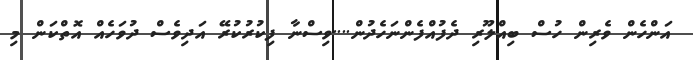
އަންހެން ވެރިން ހުސް ބިއްލޫރި ދެފުއްފެންނަހެދުން....ވިސްނާ ފިކުރުކުރޭ އަދިވެސް ދުވަހެއް އޮތްކަން މި